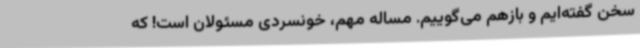
سخن گفته‌ایم و بازهم می‌گوییم. مساله مهم، خونسردی مسئولان است! که